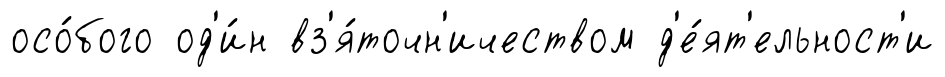
осо́бого од'и́н вз'я́точн'ичеством д'е́ят'ельност'и